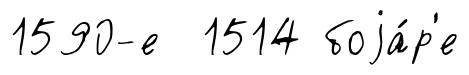
1590-е 1514 боjа́р'е